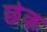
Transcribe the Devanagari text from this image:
छेक